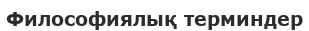
Философиялық терминдер